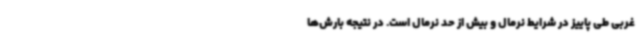
غربی طی پاییز در شرایط نرمال و بیش از حد نرمال است. در نتیجه بارش‌ها